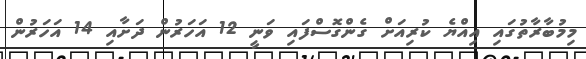
މިމުބާރާތުގައި އިއްޔެ ކުރިއަށް ގެންގޮސްފައި ވަނީ 12 އަހަރުން ދަށާއި 14 އަހަރުން